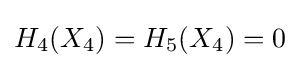
H_{4}(X_{4})=H_{5}(X_{4})=0